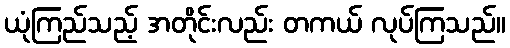
ယုံကြည်သည့် အတိုင်းလည်း တကယ် လုပ်ကြသည်။